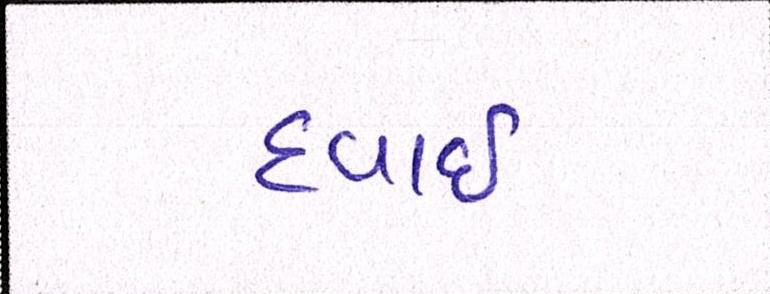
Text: હવાઇ